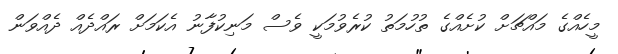
މީހެއްގެ މައްޗަށް ކުށެއްގެ ތުހުމަތު ކުރެވުމަކީ ވެސް މަނިކުފާނު އެކަމަށް ރައްދެއް ދެއްވަން